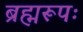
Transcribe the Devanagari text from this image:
ब्रह्मरूपः